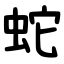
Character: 蛇